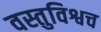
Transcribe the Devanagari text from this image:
वस्तुविश्वच